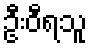
ဦးဝီရသူ